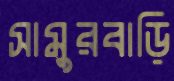
সামুরবাড়ি